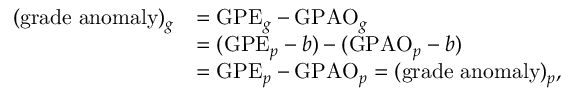
\begin{array} { r l } { ( \mathrm { g r a d e ~ a n o m a l y } ) _ { g } } & { = \mathrm { G P E } _ { g } - \mathrm { G P A O } _ { g } } \\ & { = ( \mathrm { G P E } _ { p } - b ) - ( \mathrm { G P A O } _ { p } - b ) } \\ & { = \mathrm { G P E } _ { p } - \mathrm { G P A O } _ { p } = ( \mathrm { g r a d e ~ a n o m a l y } ) _ { p } , } \end{array}